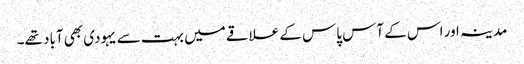
مدینہ اور اس کے آس پاس کے علاقے میں بہت سے یہودی بھی آباد تھے۔